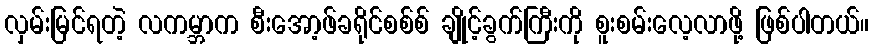
လှမ်းမြင်ရတဲ့ လကမ္ဘာက စီးအော့ဖ်ခရိုင်စစ်စ် ချိုင့်ခွက်ကြီးကို စူးစမ်းလေ့လာဖို့ ဖြစ်ပါတယ်။